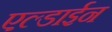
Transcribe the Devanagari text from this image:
एल्डाईन